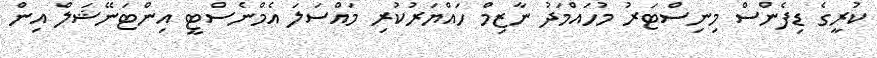
ކުރީގެ ޑިފެންސް މިނިސްޓަރު މުހައްމަދު ނާޒިމް ހައްޔަރުކުރި މައްސަލަ އެމްނެސްޓީ އިންޓަނޭޝަލް އިން